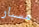
مسبار